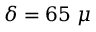
\delta = 6 5 ~ \mu